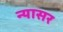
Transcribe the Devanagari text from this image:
न्यासर